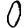
Digit: 0